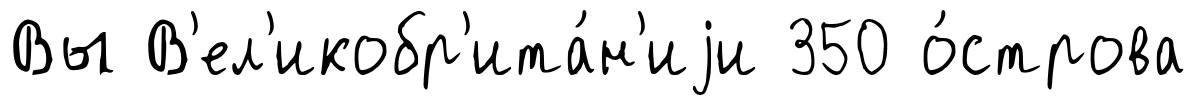
Вы В'ел'икобр'ита́н'иjи 350 о́строва